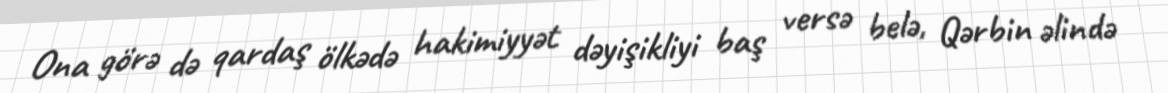
Ona görə də qardaş ölkədə hakimiyyət dəyişikliyi baş versə belə, Qərbin əlində